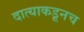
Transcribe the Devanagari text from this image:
दात्याकडूनच